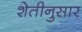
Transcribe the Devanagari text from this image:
शेतीनुसार